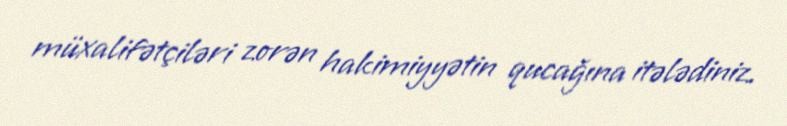
müxalifətçiləri zorən hakimiyyətin qucağına itələdiniz.